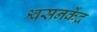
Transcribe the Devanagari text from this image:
श्वसनकेंद्र